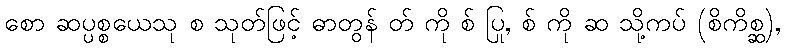
စော ဆပ္ပစ္စယေသု စ သုတ်ဖြင့် ဓာတွန် တ် ကို စ် ပြု, စ် ကို ဆ သို့ကပ် (စိကိစ္ဆ),